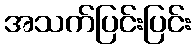
အသက်ပြင်းပြင်း